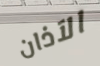
الآذان